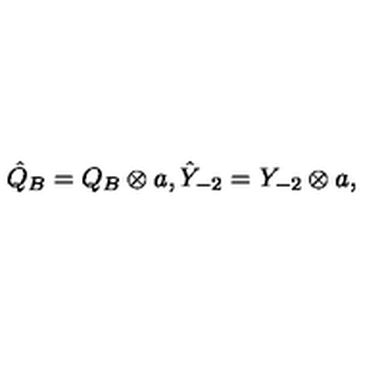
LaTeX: \hat { Q } _ { B } = Q _ { B } \otimes a , \hat { Y } _ { - 2 } = Y _ { - 2 } \otimes a ,